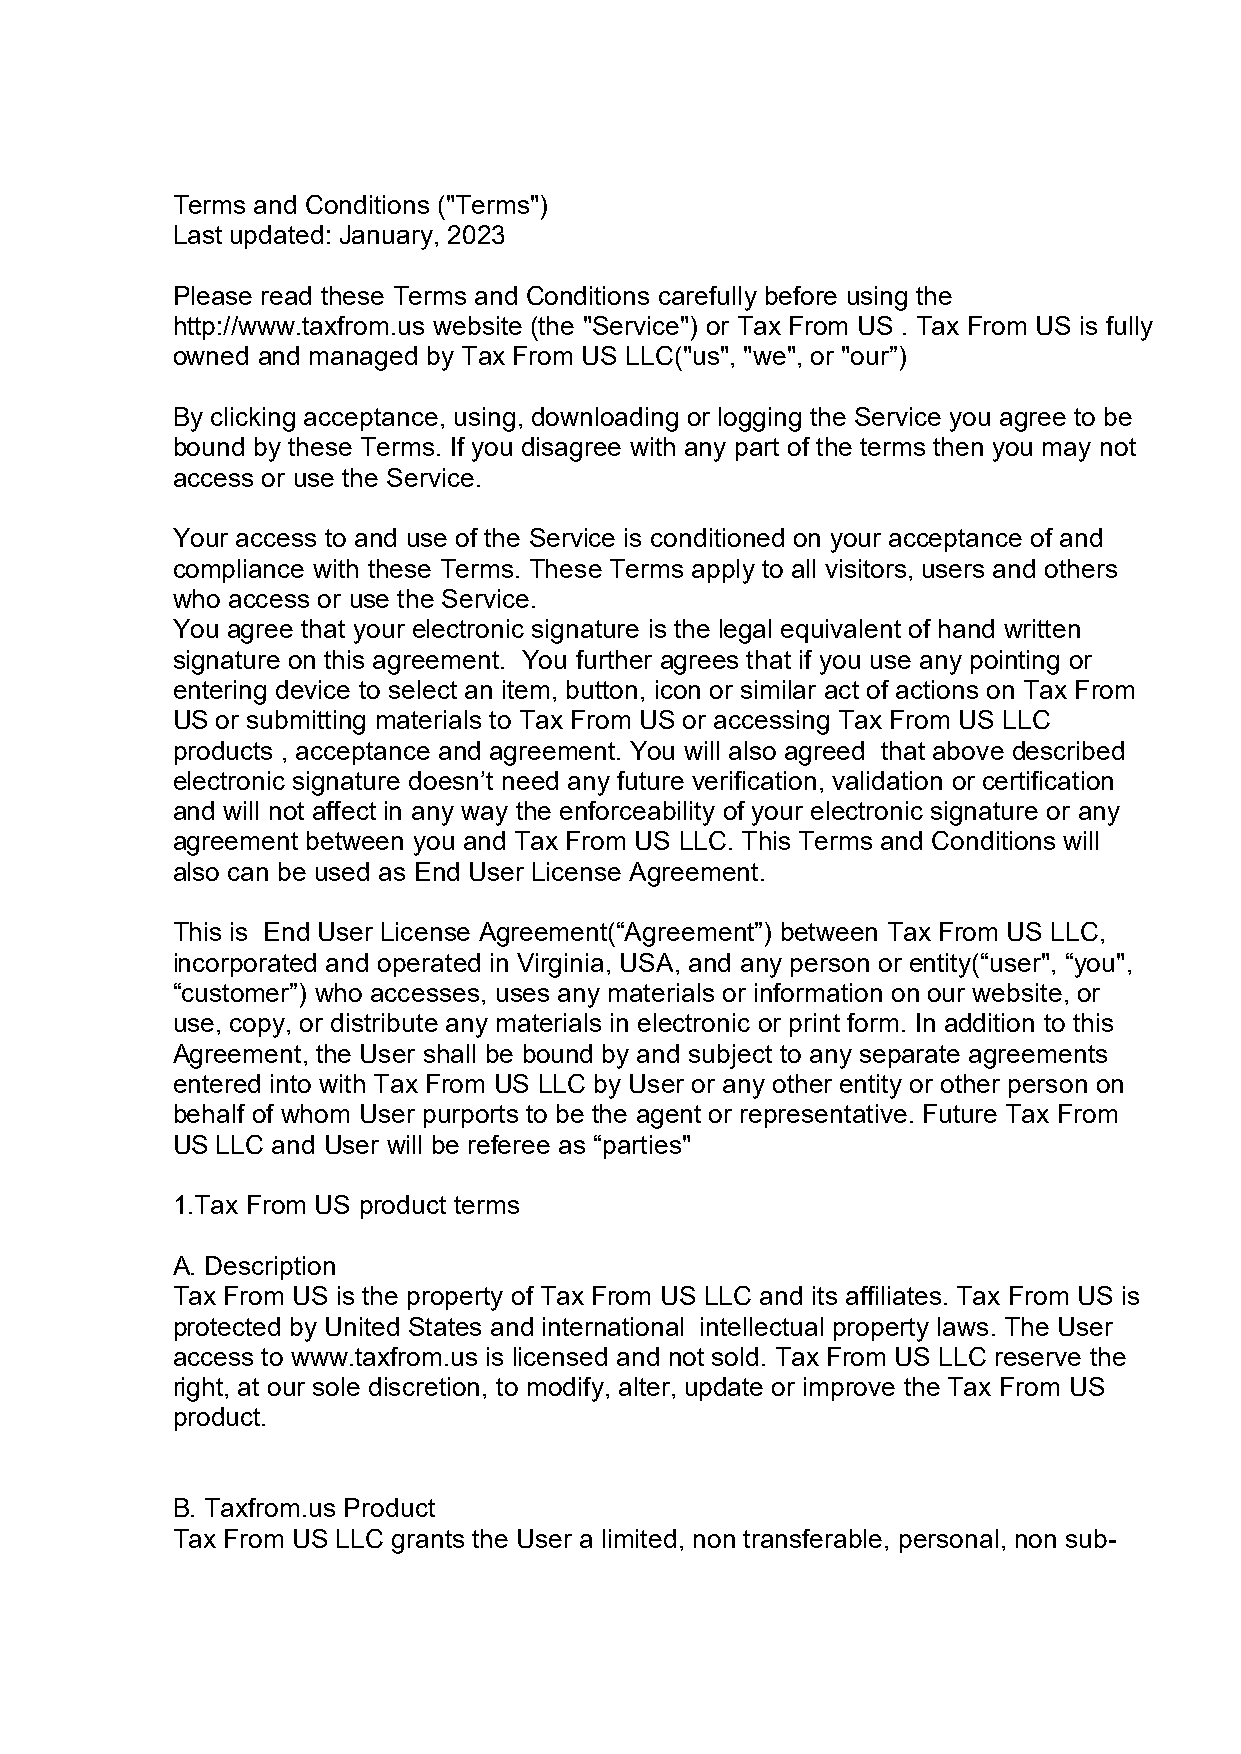
Terms and Conditions ("Terms")
 Last updated: January, 2023
 Please read these Terms and Conditions carefully before using the
 http://www.taxfrom.us website (the "Service") or Tax From US . Tax From US is fully
 owned and managed by Tax From US LLC("us", "we", or "our”)
 By clicking acceptance, using, downloading or logging the Service you agree to be
 bound by these Terms. If you disagree with any part of the terms then you may not
 access or use the Service.
 Your access to and use of the Service is conditioned on your acceptance of and
 compliance with these Terms. These Terms apply to all visitors, users and others
 who access or use the Service.
 You agree that your electronic signature is the legal equivalent of hand written
 signature on this agreement. You further agrees that if you use any pointing or
 entering device to select an item, button, icon or similar act of actions on Tax From
 US or submitting materials to Tax From US or accessing Tax From US LLC
 products , acceptance and agreement. You will also agreed that above described
 electronic signature doesn’t need any future verification, validation or certification
 and will not affect in any way the enforceability of your electronic signature or any
 agreement between you and Tax From US LLC. This Terms and Conditions will
 also can be used as End User License Agreement.
 This is End User License Agreement(“Agreement”) between Tax From US LLC,
 incorporated and operated in Virginia, USA, and any person or entity(“user", “you",
 “customer”) who accesses, uses any materials or information on our website, or
 use, copy, or distribute any materials in electronic or print form. In addition to this
 Agreement, the User shall be bound by and subject to any separate agreements
 entered into with Tax From US LLC by User or any other entity or other person on
 behalf of whom User purports to be the agent or representative. Future Tax From
 US LLC and User will be referee as “parties"
 1.Tax From US product terms
 A. Description
 Tax From US is the property of Tax From US LLC and its affiliates. Tax From US is
 protected by United States and international intellectual property laws. The User
 access to www.taxfrom.us is licensed and not sold. Tax From US LLC reserve the
 right, at our sole discretion, to modify, alter, update or improve the Tax From US
 product.
 B. Taxfrom.us Product
 Tax From US LLC grants the User a limited, non transferable, personal, non sub-